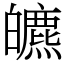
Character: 皫